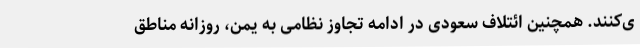
ی‌کنند. همچنین ائتلاف سعودی در ادامه تجاوز نظامی به یمن، روزانه مناطق